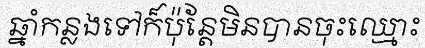
ឆ្នាំកន្លងទៅក៏ប៉ុន្តែមិនបានចុះឈ្មោះ